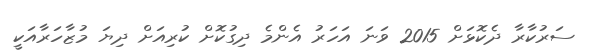
ސަރުކާރާ ދެކޮޅަށް 2015 ވަނަ އަހަރު އެންމެ ދިގުކޮށް ކުރިއަށް ދިޔަ މުޒާހަރާއަކީ